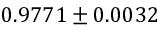
0 . 9 7 7 1 \pm 0 . 0 0 3 2